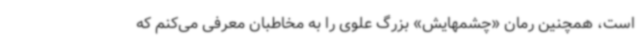
است، همچنین رمان «چشمهایش» بزرگ علوی را به مخاطبان معرفی می‌کنم که